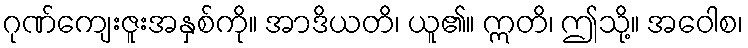
ဂုဏ်ကျေးဇူးအနှစ်ကို။ အာဒိယတိ၊ ယူ၏။ ဣတိ၊ ဤသို့။ အဝေါစ၊